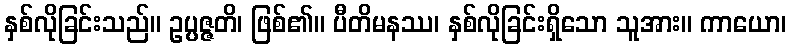
နှစ်လိုခြင်းသည်။ ဥပ္ပဇ္ဇတိ၊ ဖြစ်၏။ ပီတိမနဿ၊ နှစ်လိုခြင်းရှိသော သူအား။ ကာယော၊